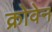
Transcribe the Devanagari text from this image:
क्रोवेन